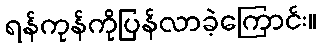
ရန်ကုန်ကိုပြန်လာခဲ့ကြောင်း။